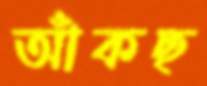
আঁকছ